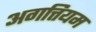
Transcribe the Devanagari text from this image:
अगत्तियम